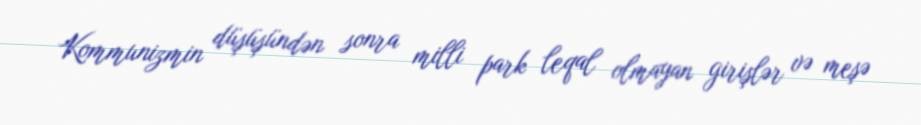
Kommunizmin düşüşündən sonra milli park leqal olmayan girişlər və meşə